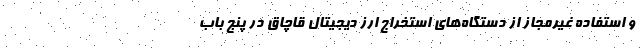
و استفاده غیرمجاز از دستگاه‌های استخراج ارز دیجیتال قاچاق در پنج باب